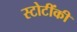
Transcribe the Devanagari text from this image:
स्टोटींकी